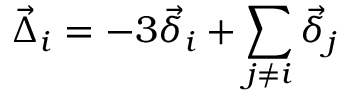
\vec { \Delta } _ { i } = - 3 \vec { \delta } _ { i } + \sum _ { j \neq i } \vec { \delta } _ { j }